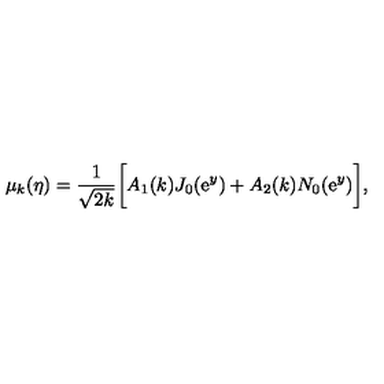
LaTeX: \mu _ { k } ( \eta ) = \frac { 1 } { \sqrt { 2 k } } \biggl [ A _ { 1 } ( k ) J _ { 0 } ( \mathrm { e } ^ { y } ) + A _ { 2 } ( k ) N _ { 0 } ( \mathrm { e } ^ { y } ) \biggr ] ,